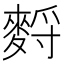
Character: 𪌳